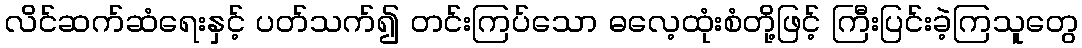
လိင်ဆက်ဆံရေးနှင့် ပတ်သက်၍ တင်းကြပ်သော ဓလေ့ထုံးစံတို့ဖြင့် ကြီးပြင်းခဲ့ကြသူတွေ